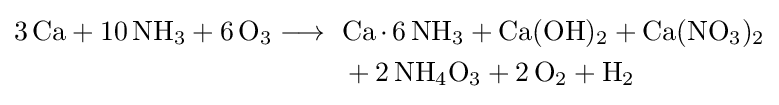
{\begin{aligned}{3\,\mathrm {Ca} {}+{}10\,\mathrm {NH} {\vphantom {A}}_{\smash[{t}]{3}}{}+{}6\,\mathrm {O} {\vphantom {A}}_{\smash[{t}]{3}}{}\mathrel {\longrightarrow } {}\ }&{\mathrm {Ca} \,{\cdot }\,6\,\mathrm {NH} {\vphantom {A}}_{\smash[{t}]{3}}{}+{}\mathrm {Ca} (\mathrm {OH} ){\vphantom {A}}_{\smash[{t}]{2}}{}+{}\mathrm {Ca} (\mathrm {NO} {\vphantom {A}}_{\smash[{t}]{3}}){\vphantom {A}}_{\smash[{t}]{2}}}\\&+{2\,\mathrm {NH} {\vphantom {A}}_{\smash[{t}]{4}}\mathrm {O} {\vphantom {A}}_{\smash[{t}]{3}}{}+{}2\,\mathrm {O} {\vphantom {A}}_{\smash[{t}]{2}}{}+{}\mathrm {H} {\vphantom {A}}_{\smash[{t}]{2}}}\end{aligned}}